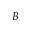
B